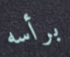
برأسه